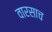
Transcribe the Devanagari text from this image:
वारसाच